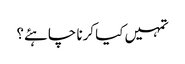
تمہیں کیا کرنا چاہئے؟